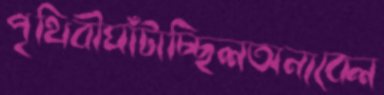
পৃথিবীঘাঁটাচ্ছিলঅন্যবেল